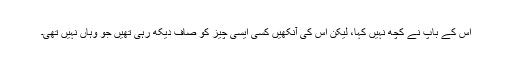
اس کے باپ نے کچھ نہیں کہا، لیکن اس کی آنکھیں کسی ایسی چیز کو صاف دیکھ رہی تھیں جو وہاں نہیں تھی۔